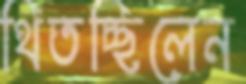
থিতচ্ছিলেন